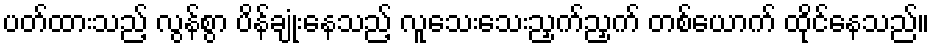
ပတ်ထားသည့် လွန်စွာ ပိန်ချုံးနေသည့် လူသေးသေးညှက်ညှက် တစ်ယောက် ထိုင်နေသည်။